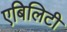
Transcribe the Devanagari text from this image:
एबिलिटी